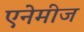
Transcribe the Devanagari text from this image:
एनेमीज